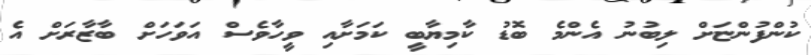
ކުންފުންޏަށް ލިބުނު އެންމެ ބޮޑު ކާމިޔާބީ ކަމަށާއި ވީހާވެސް އަވަހަށް ބާޒާރަށް އެ